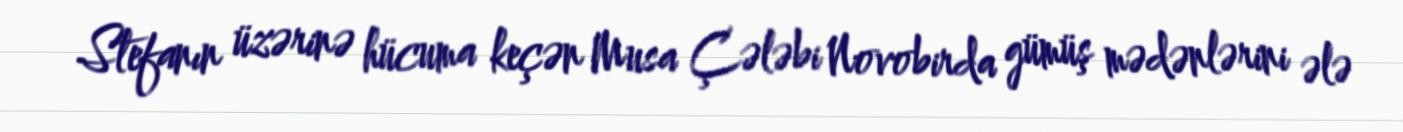
Stefanın üzərinə hücuma keçən Musa Çələbi Novobirda gümüş mədənlərini ələ